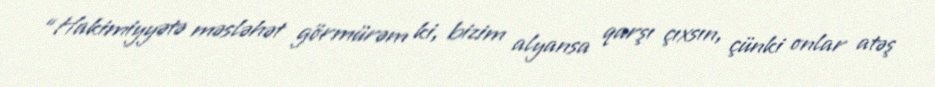
“Hakimiyyətə məsləhət görmürəm ki, bizim alyansa qarşı çıxsın, çünki onlar atəş